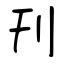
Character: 刊